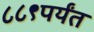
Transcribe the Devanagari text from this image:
८८९पर्यंत